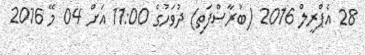
28 އެޕްރީލް 2016 (ބުރާސްފަތި) ދުވަހުގެ 11:00 އަށް 04 މޭ 2016